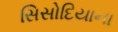
સિસોદિયાના